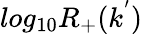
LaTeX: log_{10}R_{+}(k^{'})